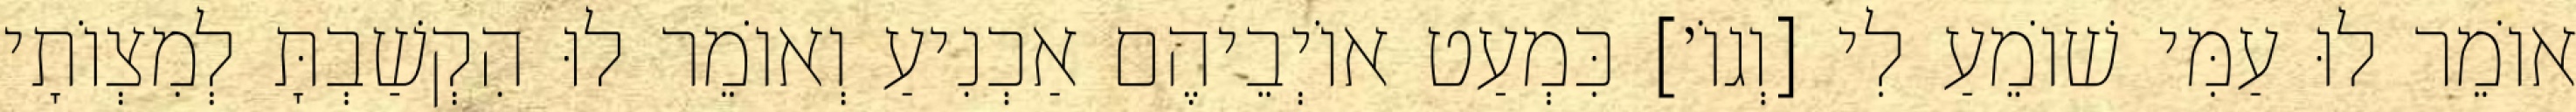
אוֹמֵר לוּ עַמִּי שׁוֹמֵעַ לִי [וְגוֹ׳] כִּמְעַט אוֹיְבֵיהֶם אַכְנִיעַ וְאוֹמֵר לוּ הִקְשַׁבְתָּ לְמִצְוֹתָי